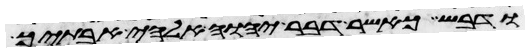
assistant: ודבש כאשר דבר יהוה אלהי אבתיך